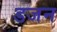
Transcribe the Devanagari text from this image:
डजन